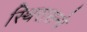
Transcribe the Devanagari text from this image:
स्थिरासनो